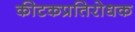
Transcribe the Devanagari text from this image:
कीटकप्रतिरोधक